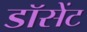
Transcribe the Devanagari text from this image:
डॉसेंट